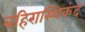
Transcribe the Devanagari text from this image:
बहिरास्थिकंद